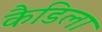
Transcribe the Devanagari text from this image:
कैडिला